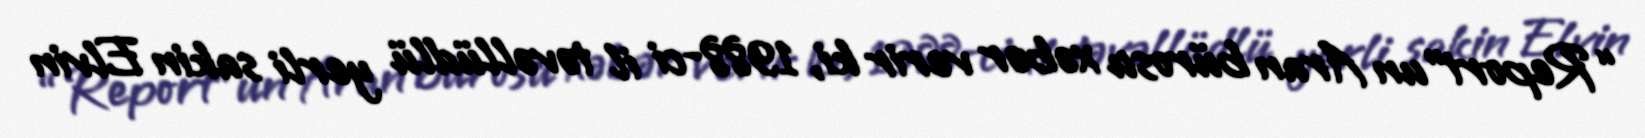
“Report”un Aran bürosu xəbər verir ki, 1988-ci il təvəllüdlü yerli sakin Elvin